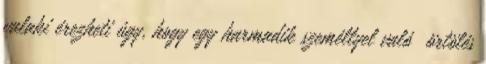
valaki érezheti úgy, hogy egy harmadik személlyel való ﬂörtölés